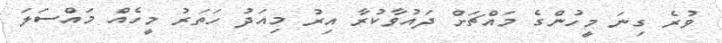
ވުރެ ގިނަ މީހުންގެ މައްޗަށް ދައުވާކުރާ އިރު މިއަދު ހަތަރު މީހެއް މައްސަލަ